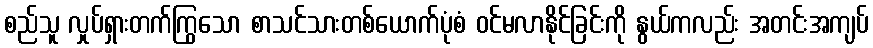
စည်သူ လှုပ်ရှားတက်ကြွသော စာသင်သားတစ်ယောက်ပုံစံ ဝင်မလာနိုင်ခြင်းကို နွယ်ကလည်း အတင်းအကျပ်